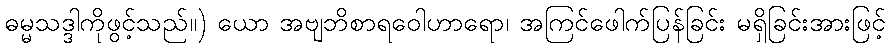
ဓမ္မသဒ္ဒါကိုဖွင့်သည်။) ယော အဗျဘိစာရဝေါဟာရော၊ အကြင်ဖေါက်ပြန်ခြင်း မရှိခြင်းအားဖြင့်